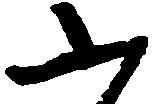
ふ